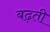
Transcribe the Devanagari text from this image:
बढ़ती़